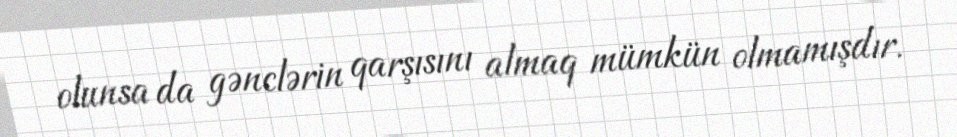
olunsa da gənclərin qarşısını almaq mümkün olmamışdır.